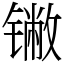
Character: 𬭯